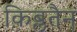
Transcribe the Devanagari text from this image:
क़िब्लतैन